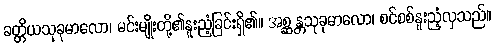
ခတ္တိယသုခုမာလော၊ မင်းမျိုးတို့၏နူးညံ့ခြင်းရှိ၏။ အစ္ဆန္တသုခုမာလော၊ စင်စစ်နူးညံ့လှသည်။